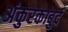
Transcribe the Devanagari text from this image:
अंकुरकाबुर्द